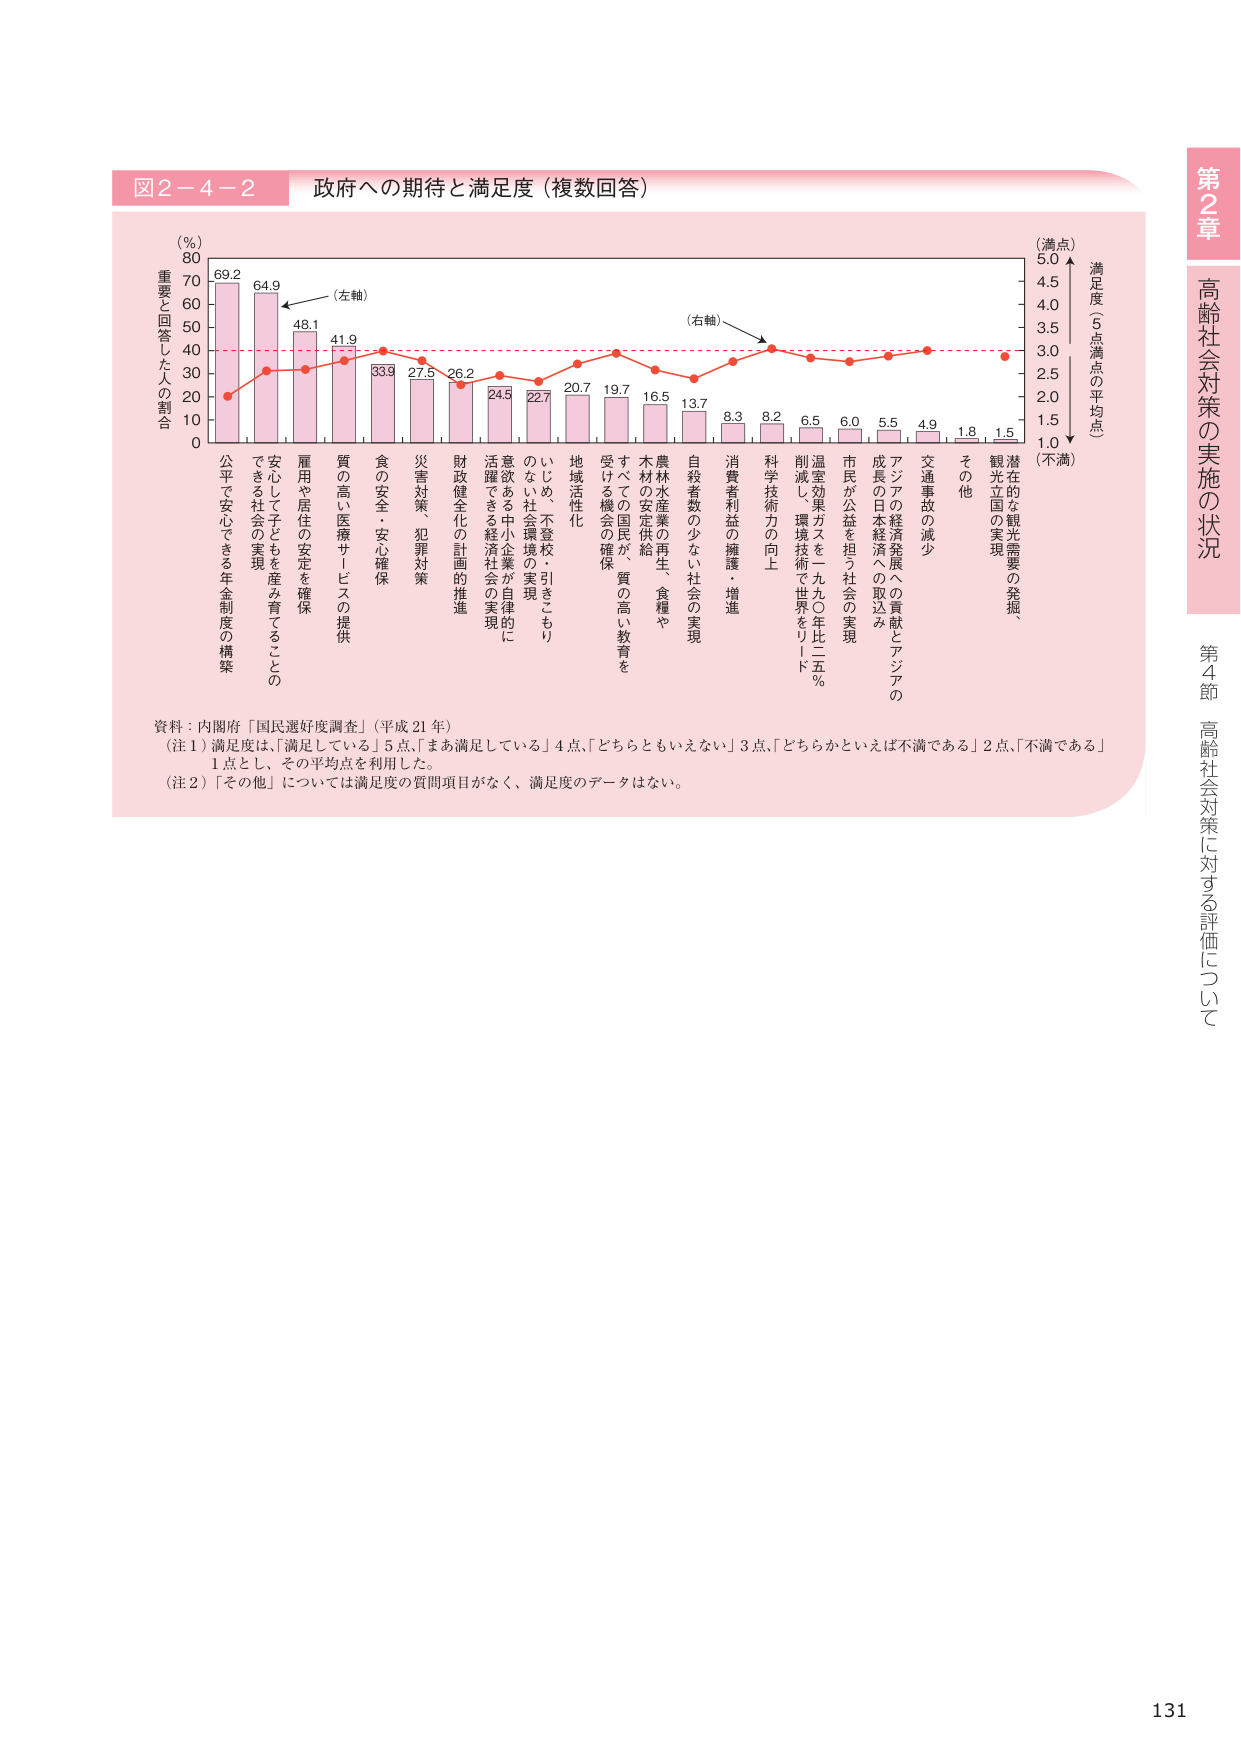
図2-4-2 政府への期待と満足度（複数回答）

（％）
80
70
60
50
40
30
20
10
0

重要と回答した人の割合

69.2
64.9
48.1
41.9
33.9
27.5
26.2
24.5
22.7
20.7
19.7
16.5
13.7
8.3
8.2
6.5
6.0
5.5
4.9
1.8
1.5

（左軸）

（右軸）

（満点）
5.0
4.5
4.0
3.5
3.0
2.5
2.0
1.5
1.0
（不満）

満足度（5点満点の平均点）

公平で安心できる年金制度の構築
安心して子どもを産み育てることのできる社会の実現
雇用や居住の安定を確保
質の高い医療サービスの提供
食の安全・安心確保
災害対策・犯罪対策
財政健全化の計画的推進
活躍できる中小企業が自律的に意欲できる経済社会の実現
いじめ、不登校・引きこもりのない社会環境の実現
地域活性化
すべての国民が、質の高い教育を受ける機会の確保
木材の安定供給、食糧や農林水産業の再生
自殺者数の少ない社会の実現
消費者利益の擁護・増進
科学技術力の向上
削減し、環境技術で世界をリード
温室効果ガスを一九九〇年比二五％
市民が公益を担う社会の実現
成長の日本経済への貢献とアジアの
交通事故の減少
その他
観光立国の実現
潜在的な観光需要の発掘

資料：内閣府「国民満足度調査」（平成21年）

（注1）満足度は、「満足している」5点、「まあ満足している」4点、「どちらともいえない」3点、「どちらかといえば不満である」2点、「不満である」1点とし、その平均点を利用した。

（注2）「その他」については満足度の質問項目がなく、満足度のデータはない。

第2章 高齢社会対策の実施の状況
第4節 高齢社会対策に対する評価について

131